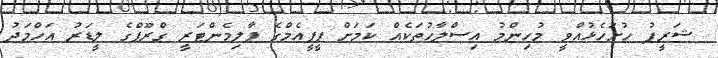
ޝަރީފު ހުށަހެޅުއްވީ މުހިންމު އިސްލާހުތަކެއް ކަމަށް ޕީޕީއެމްގެ ޕާލިމެންޓަރީ ގްރޫޕްގެ ލީޑަރު އަހްމަދު